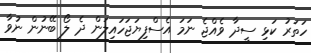
ހަތަރު ކަޅި ސީދާ ވެއްޖެ ނަމަ އެސްފިޔަޖަހައިލަން ދެ ލޯ ބޭނުން ނުވާ